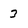
Character: 3